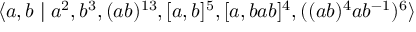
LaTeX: \langle a , b \mid a ^ { 2 } , b ^ { 3 } , ( a b ) ^ { 1 3 } , [ a , b ] ^ { 5 } , [ a , b a b ] ^ { 4 } , ( ( a b ) ^ { 4 } a b ^ { - 1 } ) ^ { 6 } \rangle